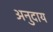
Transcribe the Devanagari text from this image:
अनुदाय